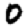
Digit: 0